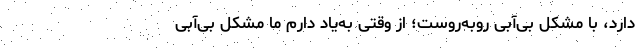
دارد، با مشکل بی‌آبی روبه‌روست؛ از وقتی به‌یاد دارم ما مشکل بی‌آبی